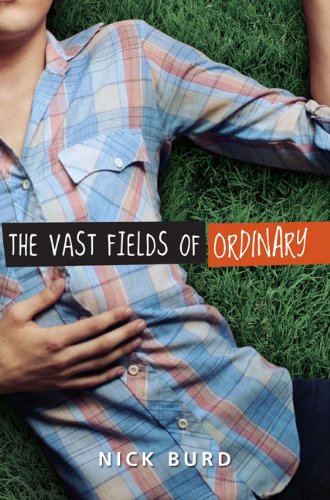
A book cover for The Vast Fields of Ordinary; Nick Burd; Gay & Lesbian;